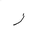
Letter: _zay